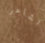
الشاعر